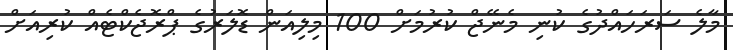
މާލެ ސަރަހައްދުގެ ކުނި މެނޭޖް ކުރުމަށް 100 މިލިއަން ޑޮލަރުގެ ޕްރޮޖެކްޓެއް ކުރިއަށް